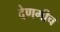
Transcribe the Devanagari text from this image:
देणगीच